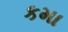
કમા